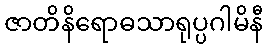
ဇာတိနိရောဓသာရုပ္ပဂါမိနီ